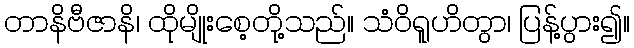
တာနိဗီဇာနိ၊ ထိုမျိုးစေ့တို့သည်။ သံဝိရူဟိတွာ၊ ပြန့်ပွား၍။